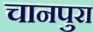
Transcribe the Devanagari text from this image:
चानपुरा